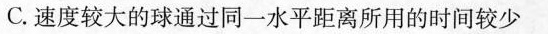
C.速度较大的球通过同一水平距离所用的时间较少